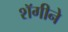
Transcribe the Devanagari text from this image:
शॅगीने